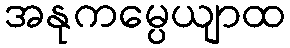
အနုကမ္ပေယျာထ